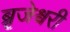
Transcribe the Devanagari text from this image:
ब्रृजेश्वरी